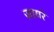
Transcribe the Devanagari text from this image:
ज़ायरे